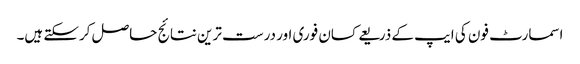
اسمارٹ فون کی ایپ کے ذریعے کسان فوری اور درست ترین نتائج حاصل کرسکتے ہیں۔